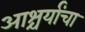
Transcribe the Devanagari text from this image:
आश्चर्यांचा